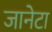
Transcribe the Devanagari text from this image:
जानेटा